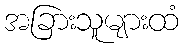
အခြားသူများထံ